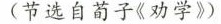
(节选自荀子《劝学》）